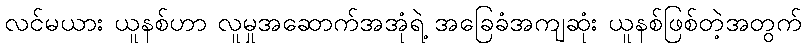
လင်မယား ယူနစ်ဟာ လူမှုအဆောက်အအုံရဲ့ အခြေခံအကျဆုံး ယူနစ်ဖြစ်တဲ့အတွက်